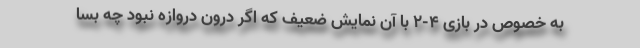
به خصوص در بازی 4-2 با آن نمایش ضعیف که اگر درون دروازه نبود چه بسا